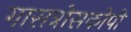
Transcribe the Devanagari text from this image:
गासत्रोसकोपी